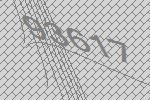
93617